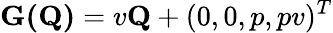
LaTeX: \textbf{G(Q)}=v\textbf{Q}+(0,0,p,pv)^{T}